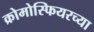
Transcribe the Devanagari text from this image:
क्रोमोस्फियरच्या